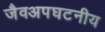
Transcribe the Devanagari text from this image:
जैवअपघटनीय